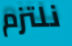
نلتزم